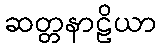
ဆတ္တနာဠိယာ